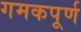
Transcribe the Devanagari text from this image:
गमकपूर्ण